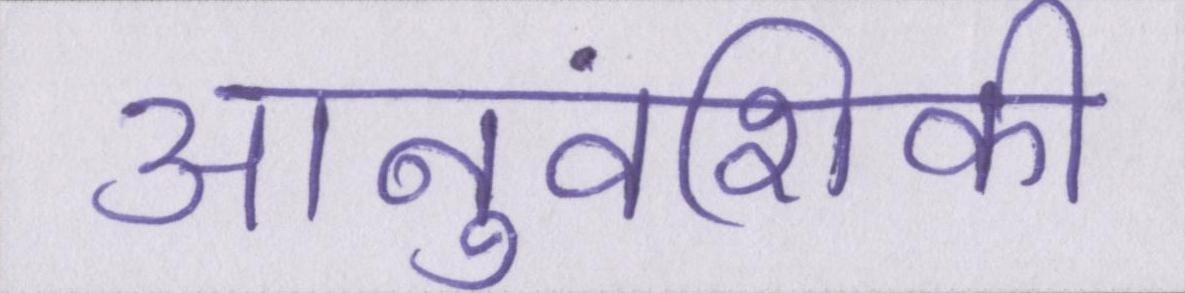
आनुवंशिकी